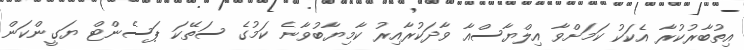
އިތުބާރުކުރާ އެކަކު ކަމަށްވާ އިލްޔާސްއާ ވާދަކުރާއިރު ކާމިޔާބުވާނެ ކަމުގެ ސަތޭކަ ޕަސެންޓް ޔަގީންކަަން